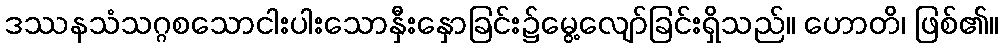
ဒဿနသံသဂ္ဂစသောငါးပါးသောနှီးနှောခြင်း၌မွေ့လျော်ခြင်းရှိသည်။ ဟောတိ၊ ဖြစ်၏။